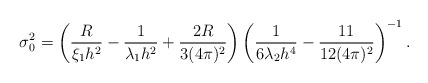
\begin{align*}\sigma_0^2 = \left( \frac{R}{\xi_1 h^2} -\frac{ 1}{\lambda_1 h^2} +\frac{2R}{3(4\pi)^2}\right) \left( \frac{1}{6\lambda_2 h^4} -\frac{11}{12(4\pi)^2}\right)^{-1}. \end{align*}